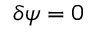
\delta \psi = 0